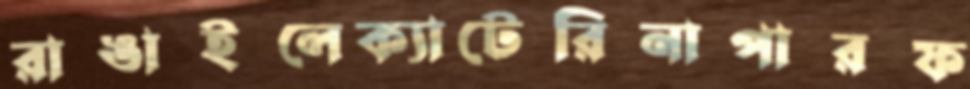
রাঙাইলেক্যাটেরিনাপারফ